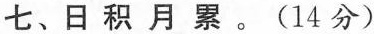
七、日积月累。(14分)